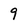
Character: 9